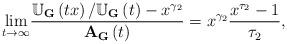
LaTeX: \begin{align*}\underset{t\rightarrow \infty }{\lim }\dfrac{\mathbb{U}_{\mathbf{G}}\left(tx\right) /\mathbb{U}_{\mathbf{G}}\left( t\right) -x^{\gamma _{2}}}{\mathbf{A}_{\mathbf{G}}\left( t\right) }=x^{\gamma _{2}}\dfrac{x^{\tau _{2}}-1}{\tau_{2}}, \end{align*}